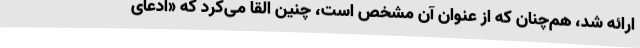
ارائه شد، هم‌چنان که از عنوان آن مشخص است، چنین القا می‌کرد که «ادعای